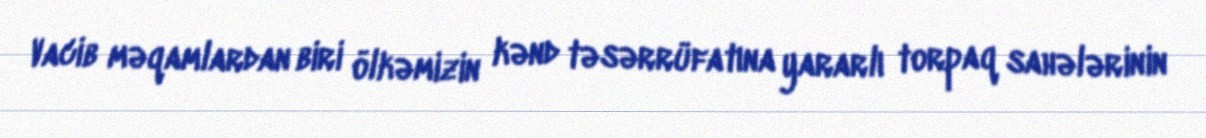
Vacib məqamlardan biri ölkəmizin kənd təsərrüfatına yararlı torpaq sahələrinin